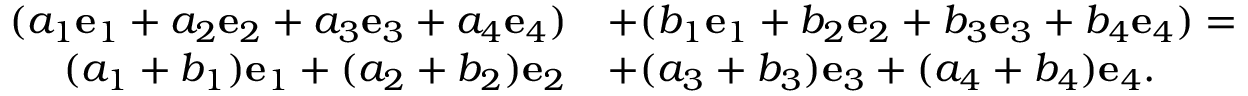
{ \begin{array} { r l } { ( a _ { 1 } { \mathbf { e } } _ { 1 } + a _ { 2 } { \mathbf { e } } _ { 2 } + a _ { 3 } { \mathbf { e } } _ { 3 } + a _ { 4 } { \mathbf { e } } _ { 4 } ) } & { + ( b _ { 1 } { \mathbf { e } } _ { 1 } + b _ { 2 } { \mathbf { e } } _ { 2 } + b _ { 3 } { \mathbf { e } } _ { 3 } + b _ { 4 } { \mathbf { e } } _ { 4 } ) = } \\ { ( a _ { 1 } + b _ { 1 } ) { \mathbf { e } } _ { 1 } + ( a _ { 2 } + b _ { 2 } ) { \mathbf { e } } _ { 2 } } & { + ( a _ { 3 } + b _ { 3 } ) { \mathbf { e } } _ { 3 } + ( a _ { 4 } + b _ { 4 } ) { \mathbf { e } } _ { 4 } . } \end{array} }